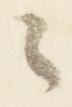
々